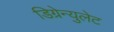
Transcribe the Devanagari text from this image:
डिग्रेन्युलेट